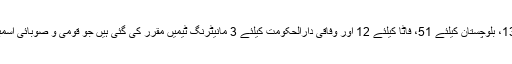
ذرائع کے مطابق خیبرپختونخوا کیلئے 99، پنجاب کیلئے 297، سندھ کیلئے 130، بلوچستان کیلئے 51، فاٹا کیلئے 12 اور وفاقی دارالحکومت کیلئے 3 مانیٹرنگ ٹیمیں مقرر کی گئی ہیں جو قومی و صوبائی اسمبلیوں کے انتخابات کیلئے چلائی جانے والی انتخابی مہمات کی نگرانی کریں گی۔